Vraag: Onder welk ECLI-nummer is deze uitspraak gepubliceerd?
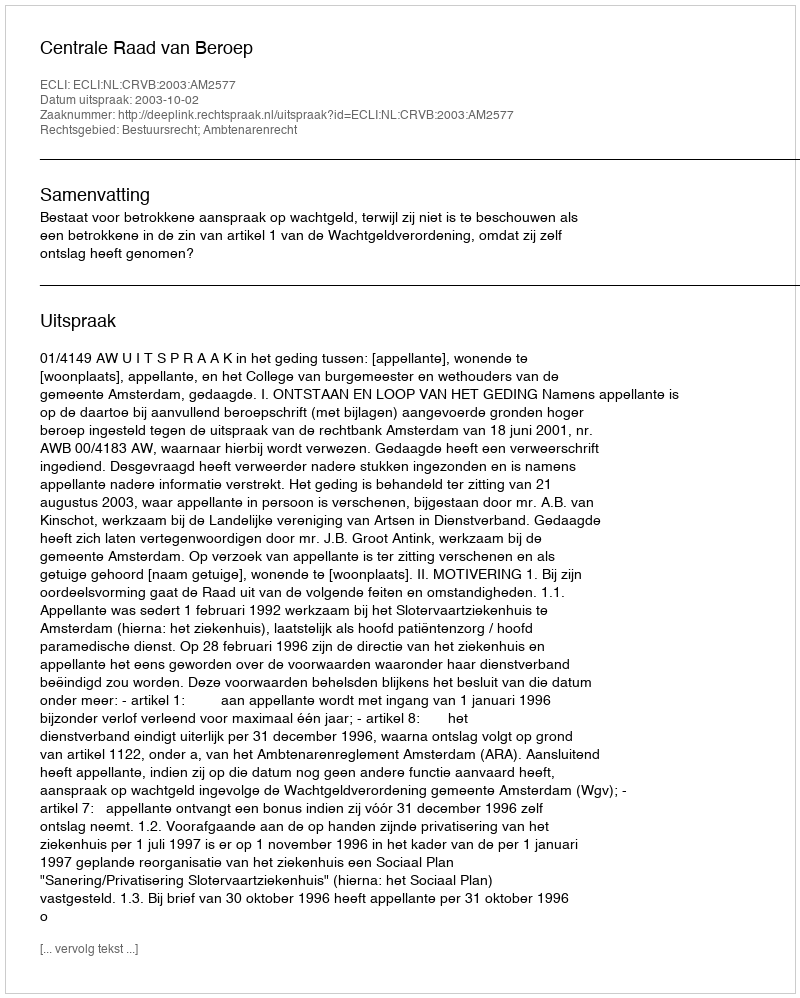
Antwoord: ECLI:NL:CRVB:2003:AM2577